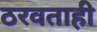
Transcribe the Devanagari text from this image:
ठरवताही